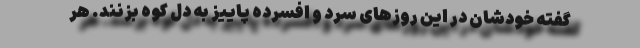
گفته خودشان در این روز‌های سرد و افسرده پاییز به دل کوه بزنند. هر